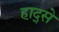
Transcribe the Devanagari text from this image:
हाद्से